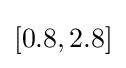
[0.8,2.8]